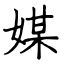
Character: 媒